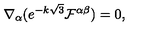
\nabla _ { \alpha } ( e ^ { - k \sqrt { 3 } } \mathcal { F } ^ { \alpha \beta } ) = 0 ,